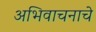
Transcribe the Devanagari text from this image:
अभिवाचनाचे